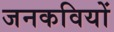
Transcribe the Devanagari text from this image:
जनकवियों